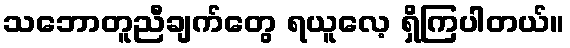
သဘောတူညီချက်တွေ ရယူလေ့ ရှိကြပါတယ်။